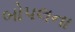
બોપલના